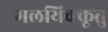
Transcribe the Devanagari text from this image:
मलयिक्कूत्तु